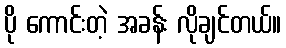
ပို ကောင်းတဲ့ အခန်း လိုချင်တယ်။